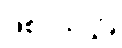
ဖြစ်ပါတယ်။